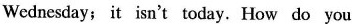
Wednesday; it isn't today. How do you